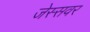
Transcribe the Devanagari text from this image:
जेस्सवर